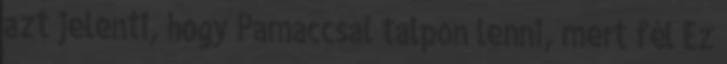
azt jelenti, hogy Pamaccsal talpon lenni, mert fél Ez